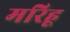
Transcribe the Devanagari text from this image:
मरिहू